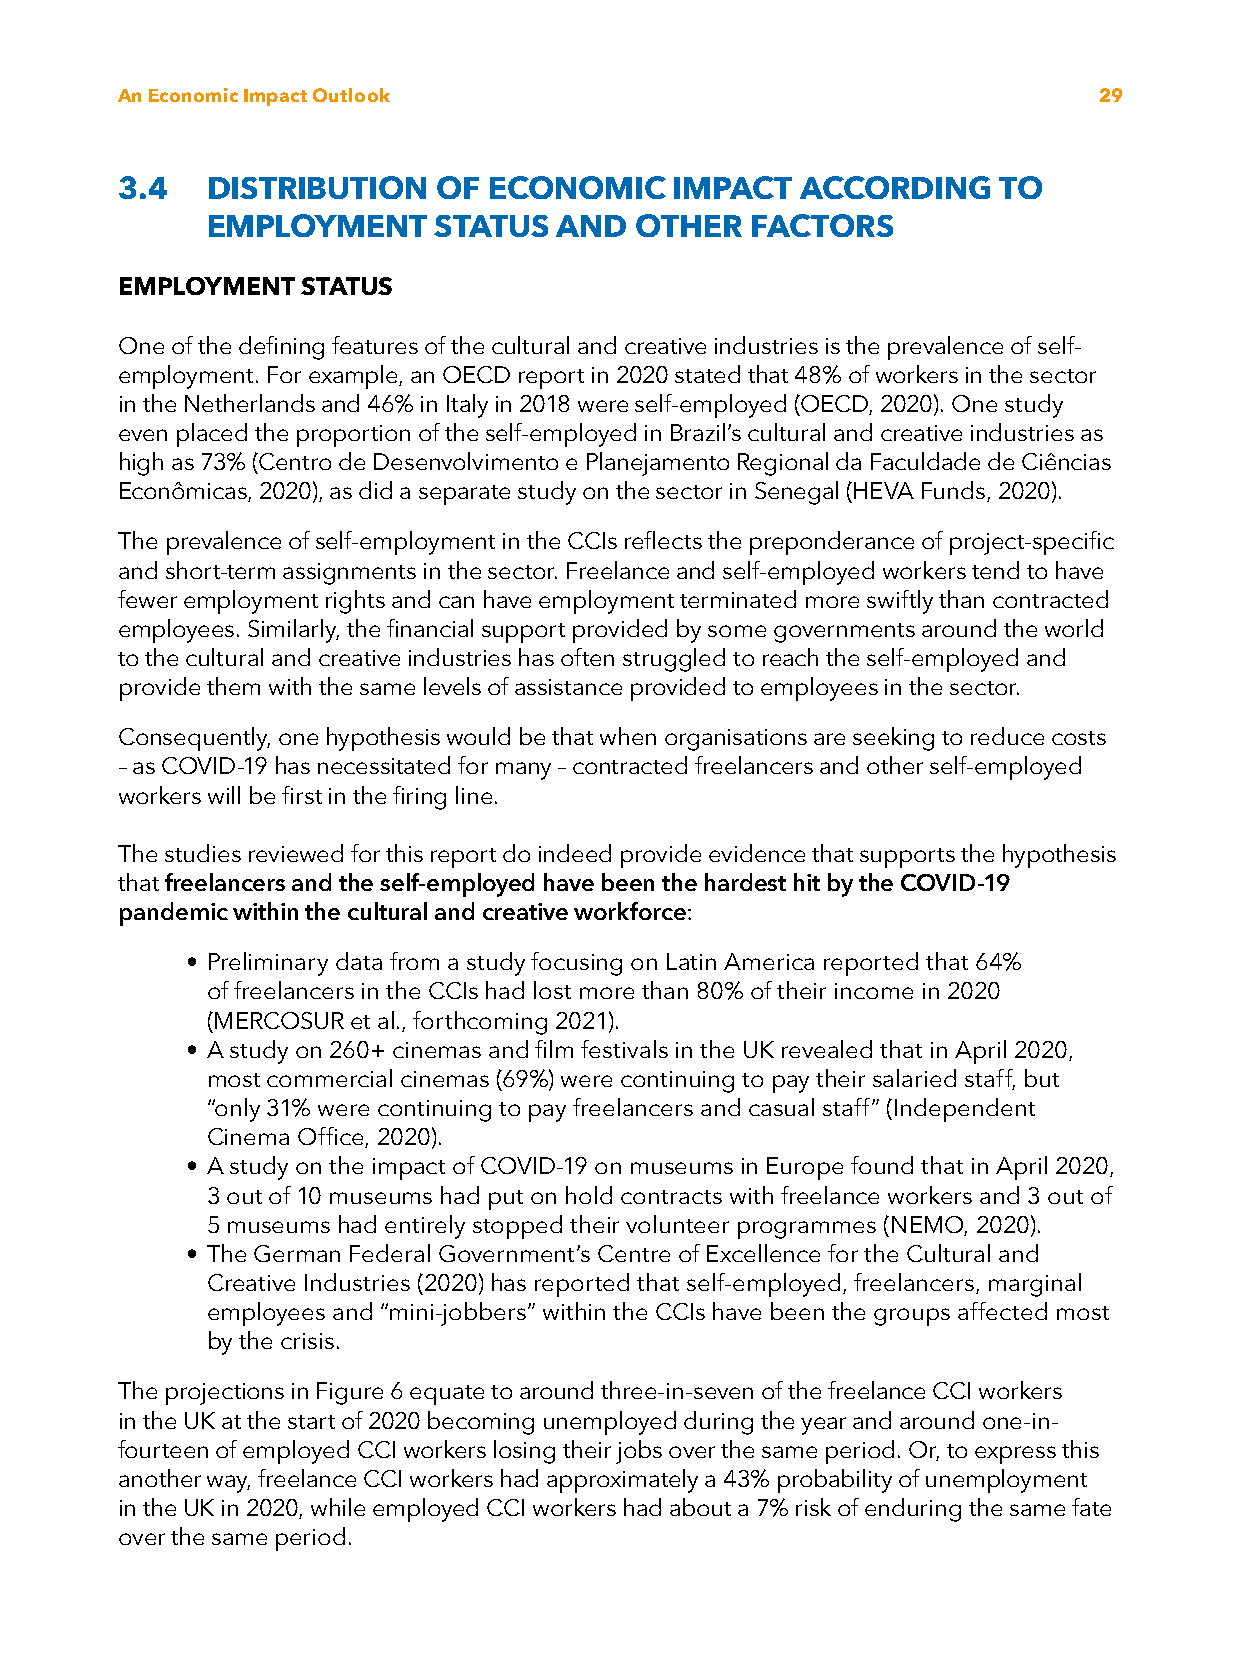
An Economic Impact Outlook                                       29
 3.4   D ISTRIBUTION  OF ECONOMIC     IMPACT  ACCORDING    TO
 EMPLOYMENT     STATUS  AND  OTHER   FACTORS
 EMPLOYMENT  STATUS
 One of the defining features of the cultural and creative industries is the prevalence of self-
 employment. For example, an OECD report in 2020 stated that 48% of workers in the sector
 in the Netherlands and 46% in Italy in 2018 were self-employed (OECD, 2020). One study
 even placed the proportion of the self-employed in Brazil’s cultural and creative industries as
 high as 73% (Centro de Desenvolvimento e Planejamento Regional da Faculdade de Ciências
 Econômicas, 2020), as did a separate study on the sector in Senegal (HEVA Funds, 2020).
 The prevalence of self-employment in the CCIs reflects the preponderance of project-specific
 and short-term assignments in the sector. Freelance and self-employed workers tend to have
 fewer employment rights and can have employment terminated more swiftly than contracted
 employees. Similarly, the financial support provided by some governments around the world
 to the cultural and creative industries has often struggled to reach the self-employed and
 provide them with the same levels of assistance provided to employees in the sector.
 Consequently, one hypothesis would be that when organisations are seeking to reduce costs
 – as COVID-19 has necessitated for many – contracted freelancers and other self-employed
 workers will be first in the firing line.
 The studies reviewed for this report do indeed provide evidence that supports the hypothesis
 that freelancers and the self-employed have been the hardest hit by the COVID-19
 pandemic within the cultural and creative workforce:
 • Preliminary data from a study focusing on Latin America reported that 64%
 of freelancers in the CCIs had lost more than 80% of their income in 2020
 (MERCOSUR et al., forthcoming 2021).
 • A study on 260+ cinemas and film festivals in the UK revealed that in April 2020,
 most commercial cinemas (69%) were continuing to pay their salaried staff, but
 “only 31% were continuing to pay freelancers and casual staff” (Independent
 Cinema Office, 2020).
 • A study on the impact of COVID-19 on museums in Europe found that in April 2020,
 3 out of 10 museums had put on hold contracts with freelance workers and 3 out of
 5 museums had entirely stopped their volunteer programmes (NEMO, 2020).
 • The German Federal Government’s Centre of Excellence for the Cultural and
 Creative Industries (2020) has reported that self-employed, freelancers, marginal
 employees and “mini-jobbers” within the CCIs have been the groups affected most
 by the crisis.
 The projections in Figure 6 equate to around three-in-seven of the freelance CCI workers
 in the UK at the start of 2020 becoming unemployed during the year and around one-in-
 fourteen of employed CCI workers losing their jobs over the same period. Or, to express this
 another way, freelance CCI workers had approximately a 43% probability of unemployment
 in the UK in 2020, while employed CCI workers had about a 7% risk of enduring the same fate
 over the same period.